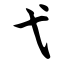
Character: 弋